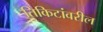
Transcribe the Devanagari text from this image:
तिकिटांवरील